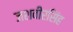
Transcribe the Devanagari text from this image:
जशवीरसिंह